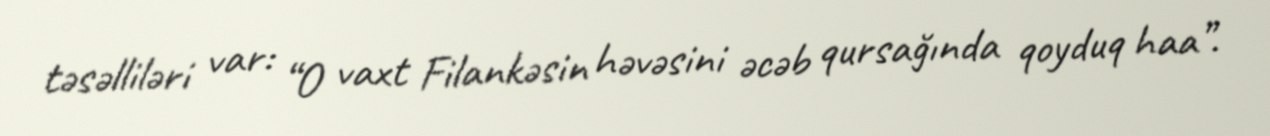
təsəlliləri var: “O vaxt Filankəsin həvəsini əcəb qursağında qoyduq haa”.